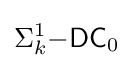
\Sigma _{k}^{1}{\mathsf {-DC}}_{0}